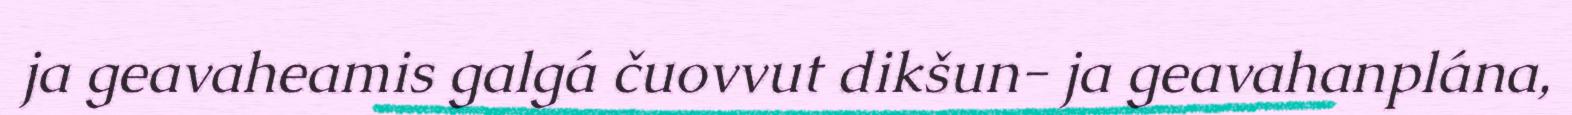
ja geavaheamis galgá čuovvut dikšun- ja geavahanplána,